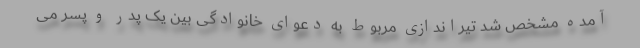
آمده مشخص شد تیراندازی مربوط به دعوای خانوادگی بین یک پدر و پسر می